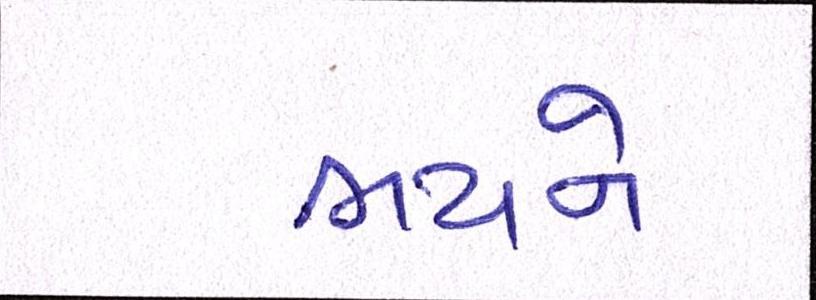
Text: ભયને